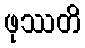
ဖုဿတိ